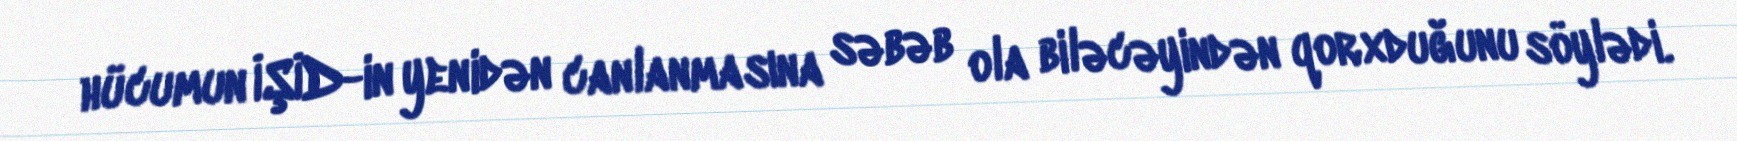
hücumun İŞİD-in yenidən canlanmasına səbəb ola biləcəyindən qorxduğunu söylədi.